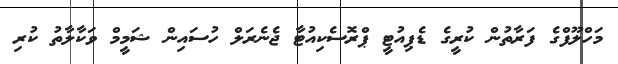
މަހްލޫފްގެ ފަރާތުން ކުރީގެ ޑެޕިއުޓީ ޕްރޮސެކިއުޓާ ޖެނެރަލް ހުސައިން ޝަމީމް ވަކާލާތު ކުރި